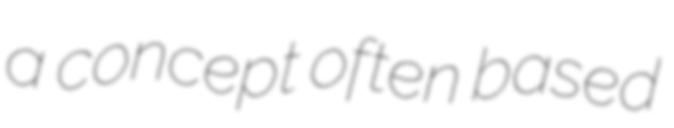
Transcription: a concept often based